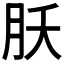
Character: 𬁷